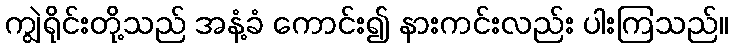
ကျွဲရိုင်းတို့သည် အနံ့ခံ ကောင်း၍ နားကင်းလည်း ပါးကြသည်။